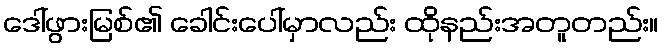
ဒေါ်ဖွားမြစ်၏ ခေါင်းပေါ်မှာလည်း ထိုနည်းအတူတည်း။